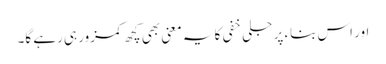
اور اس بناء پر جلی خفی کا یہ معنی بھی کچھ کمزور ہی رہے گا۔